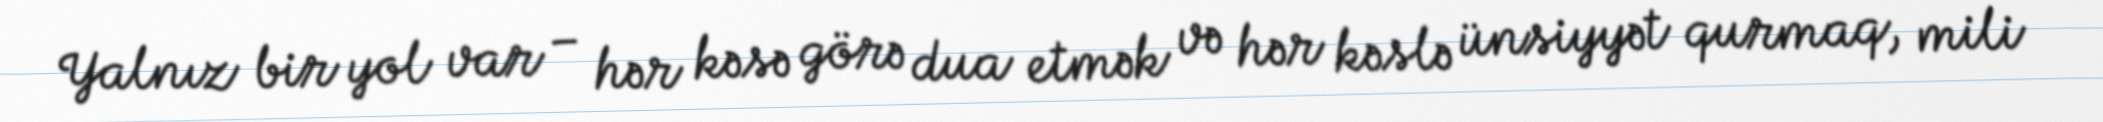
Yalnız bir yol var – hər kəsə görə dua etmək və hər kəslə ünsiyyət qurmaq, mili